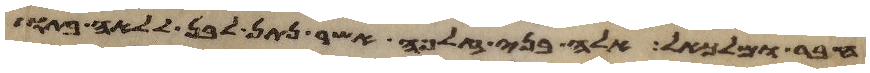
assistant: חבר ומלכיאל אלה בני זלפה אשר נתן לבן ללאה בתו